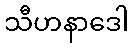
သီဟနာဒေါ